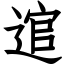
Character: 逭